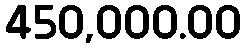
450,000.00